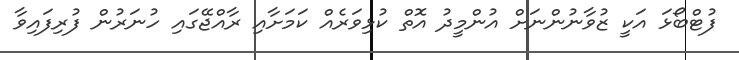
ފުޓްބޯޅަ އަކީ ޒުވާނުންނަށް އުންމީދު އޮތް ކުޅިވަރެއް ކަމަށާއި ރާއްޖޭގައި ހުނަރުން ފުރިފައިވާ